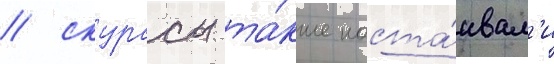
/ скурасы та́кже наста́ивал'и